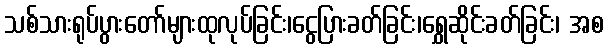
သစ်သားရုပ်ပွားတော်များထုလုပ်ခြင်း၊ငွေပြားခတ်ခြင်း၊ရွှေဆိုင်းခတ်ခြင်း၊ အစ